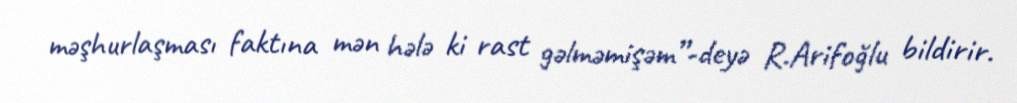
məşhurlaşması faktına mən hələ ki rast gəlməmişəm”-deyə R.Arifoğlu bildirir.